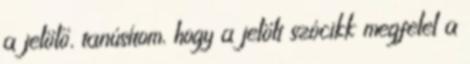
a jelölő, tanúsítom, hogy a jelölt szócikk megfelel a